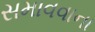
સમાવવાના